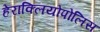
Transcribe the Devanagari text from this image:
हेराक्लियोपोलिस